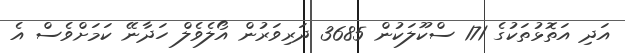
އަދި އަތޮޅުތަކުގެ 171 ސްކޫލަކުން 3685 ދަރިވަރުން އޯލެވެލް ހަދާނޭ ކަމަށްވެސް އެ